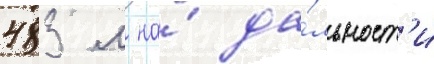
483 м на́ да́льност'и